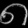
Digit: ၈